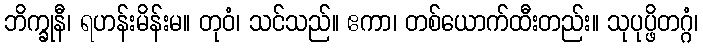
ဘိက္ခုနီ၊ ရဟန်းမိန်းမ။ တုဝံ၊ သင်သည်။ ဧကာ၊ တစ်ယောက်ထီးတည်း။ သုပုပ္ဖိတဂ္ဂံ၊